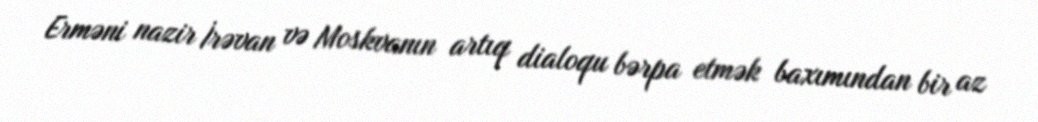
Erməni nazir İrəvan və Moskvanın artıq dialoqu bərpa etmək baxımından bir az